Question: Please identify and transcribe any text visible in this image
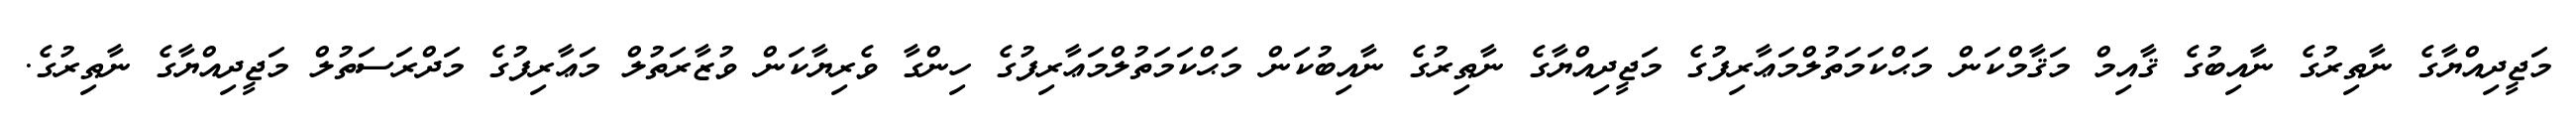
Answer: މަޖީދިއްޔާގެ ނާޠިރުގެ ނާއިބުގެ ޤާއިމް މަޤާމްކަން މަޙްކަމަތުލްމަޢާރިފުގެ މަޖީދިއްޔާގެ ނާޠިރުގެ ނާއިބުކަން މަޙްކަމަތުލްމަޢާރިފުގެ ހިންގާ ވެރިޔާކަން ވުޒާރަތުލް މަޢާރިފުގެ މަދްރަސަތުލް މަޖީދިއްޔާގެ ނާޠިރުގެ.